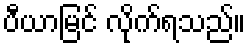
ပီယာမြင် လိုက်ရသည်။